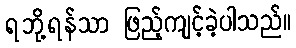
ရဘို့ရန်သာ ဖြည့်ကျင့်ခဲ့ပါသည်။